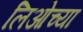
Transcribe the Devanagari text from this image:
लिओच्या